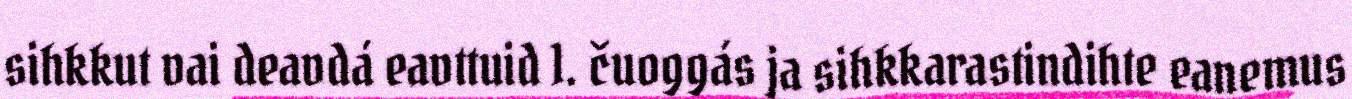
sihkkut vai deavdá eavttuid 1. čuoggás ja sihkkarastindihte eanemus